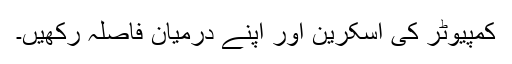
کمپیوٹر کی اسکرین اور اپنے درمیان فاصلہ رکھیں۔